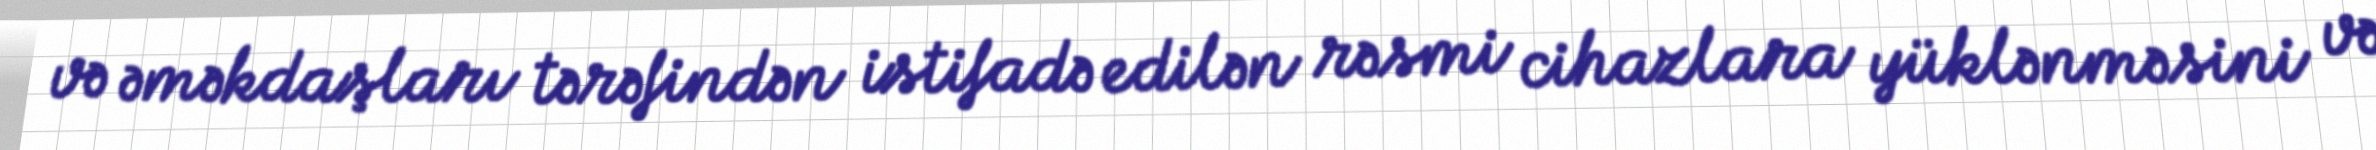
və əməkdaşları tərəfindən istifadə edilən rəsmi cihazlara yüklənməsini və